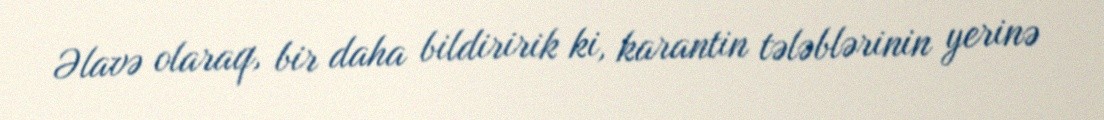
Əlavə olaraq, bir daha bildiririk ki, karantin tələblərinin yerinə